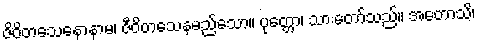
ဇိဝိတသေနောနာမ၊ ဇီဝိတသေနမည်သော။ ပုတ္တော၊ သားတော်သည်။ အဟောသိ၊